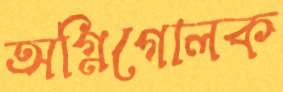
অগ্নিগোলক